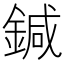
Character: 鍼